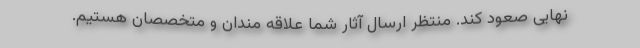
نهایی صعود کند. منتظر ارسال آثار شما علاقه مندان و متخصصان هستیم.